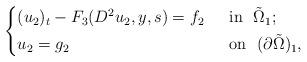
LaTeX: \begin{align*}\left\{\begin{aligned}&(u_2)_t-F_3(D^2u_2,y,s)=f_2&& ~~\mbox{in}~~\tilde{\Omega}_1;\\&u_2=g_2&& ~~\mbox{on}~~(\partial \tilde\Omega)_1,\end{aligned}\right.\end{align*}